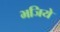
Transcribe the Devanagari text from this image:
भजिये